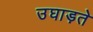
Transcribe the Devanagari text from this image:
उघाड़ते